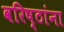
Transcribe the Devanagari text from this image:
वरिष्ठांना